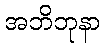
အဘိဘုနာ